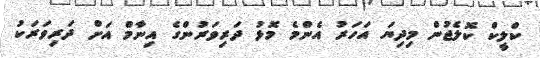
ކްލީކް ކޮލެޖުން މިދިޔަ އަހަރު އެންމެ މޮޅު ދަރިވަރުންގެ އިނާމް އަށް ދަރިވަރަކު